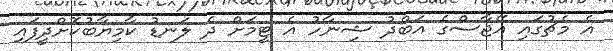
އެ މެޗުގައި އޭޖާސްގެ އަބްދު ޝިނާހު އެ ޓީމަށް ދެ ލަނޑު ކާމިޔާބުކޮށްދީފައި